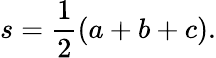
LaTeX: s={\frac{1}{2}}(a+b+c).